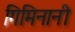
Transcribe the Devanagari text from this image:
गिमिनानी